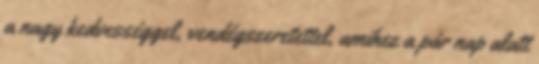
a nagy kedvességgel, vendégszeretettel, amihez a pár nap alatt